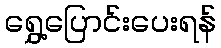
ရွှေ့ပြောင်းပေးရန်